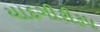
યાદગીરીરૂપ